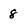
Character: 8